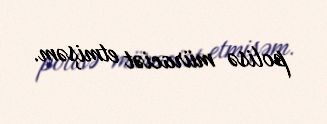
polisə müraciət etmişəm.